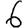
Digit: 6